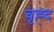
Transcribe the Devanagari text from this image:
बृह्द